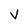
Character: v